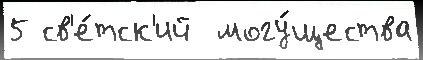
5 св'е́тск'ий  могу́щества